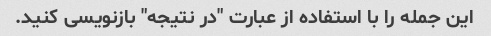
این جمله را با استفاده از عبارت "در نتیجه" بازنویسی کنید.